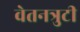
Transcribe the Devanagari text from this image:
वेतनत्रुटी